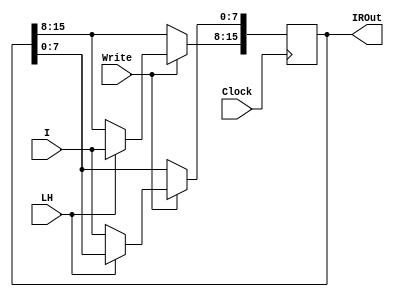
`timescale 1ns / 1ps

   module InstructionRegister(
input [7:0] I, 
input Write,
input LH,
input Clock,
output reg [15:0] IROut);

always @(posedge Clock) 
begin
    if(Write)  
    begin
        case (LH) 
        1'b0: IROut[7:0] <= I[7:0];
        1'b1: IROut[15:8] <= I[7:0];
        endcase
    end
end

endmodule